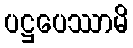
ပဋ္ဌပေဿာမိ